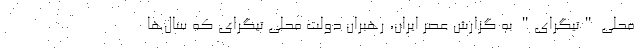
محلی "تیگرای" به گزارش عصر ایران، رهبران دولت محلی تیگرای که سال‌ها